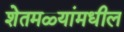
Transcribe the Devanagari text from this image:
शेतमळ्यांमधील